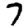
Digit: 7